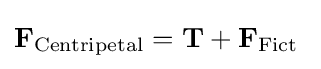
\mathbf {F} _{\mathrm {Centripetal} }=\mathbf {T} +\mathbf {F} _{\mathrm {Fict} }\